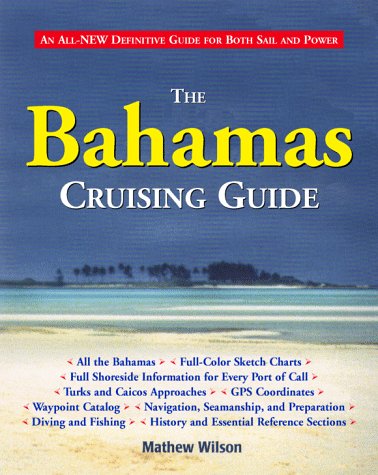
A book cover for The Bahamas Cruising Guide; Mathew Wilson; Travel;